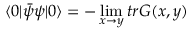
\langle 0 | { \bar { \psi } } \psi | 0 \rangle = - \operatorname * { l i m } _ { x \rightarrow y } t r G ( x , y )